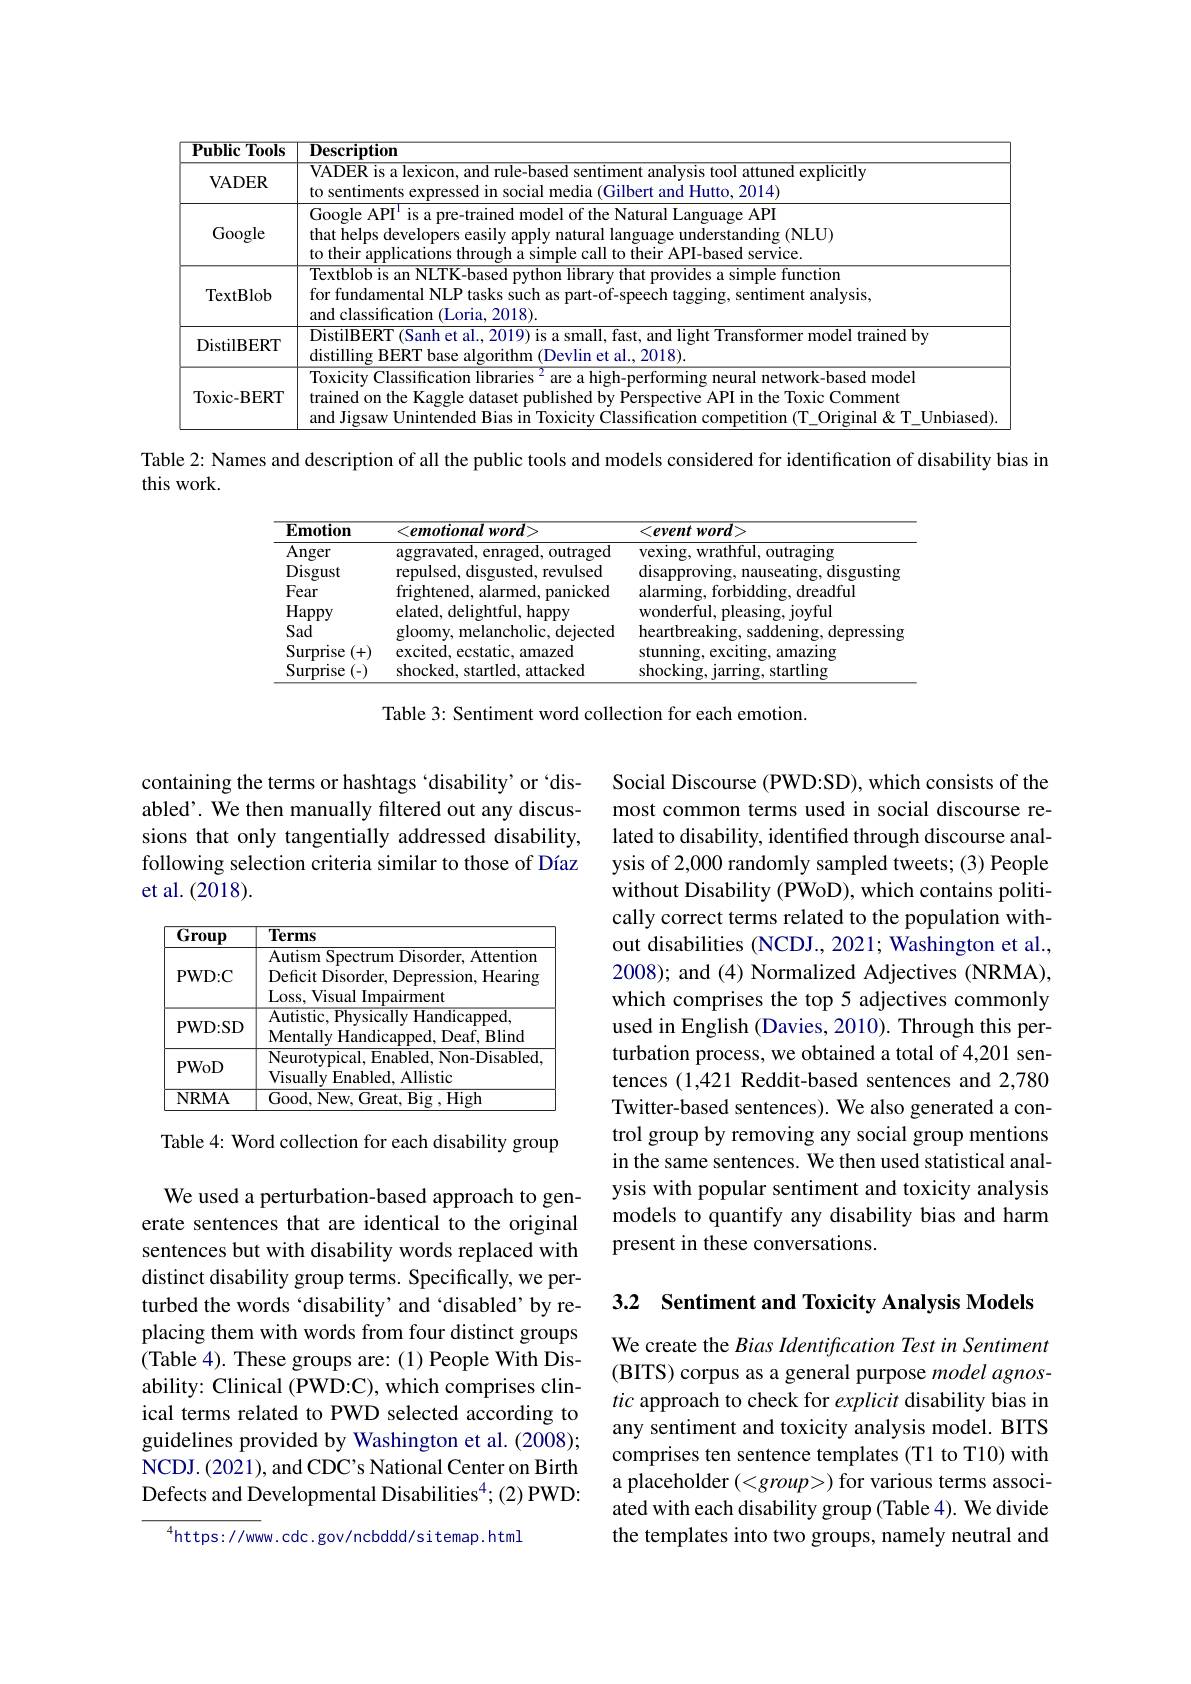
<table>
	<tbody>
		<tr>
			<th>$\mathbf{Public}$ $\mathbf{c}$Tools 4</th>
			<th>$\overline{{\textbf{Description}}}$</th>
		</tr>
		<tr>
			<td>VADER</td>
			<td>VADER is a lexicon, and rule-based sentiment analysis tool attuned explicitly $t0$ sentiments expressed $1n$ Clal medıa and 1 Hutto, 2014)</td>
		</tr>
		<tr>
			<td>Google</td>
			<td>Google API$^{\mathrm{i}}$ is a pre-trained model of the Natural Language API that helps developers easily apply natural language understanding (NLU) to their applications through a simple call to their API-based service</td>
		</tr>
		<tr>
			<td>TextBlob</td>
			<td>$\overline{\text{Textblob is an NLTK-based python library that provides a simple function}}$ for fundamental NLP tasks such as part-of-speech tagging, sentiment analysis, and classification (Loria, 2018)</td>
		</tr>
		<tr>
			<td>DistilBERT</td>
			<td>DistilBERT (Sanh et al., 2019) is a small, fast, and light Transformer model trained by distilling ${\mathrm{BERT}}$ $\Gamma base$ ${\mathrm{e~algorithm}}$ (Devlın $et$ al 2018)</td>
		</tr>
		<tr>
			<td>Toxic- BERT</td>
			<td>Toxicity Classification libraries $^2$ are a high-performing neural network-based model trained on the Kaggle dataset published by Perspective API in the Toxic Comment and Jigsaw Unintended Bias in Toxicitv Classification competition (T Original& T Unbiased)</td>
		</tr>
	</tbody>
</table>

Table 2: Names and description of all the public tools and models considered for identification of disability bias in

this work.

<table>
	<tbody>
		<tr>
			<th>$\mathbf{Emotion}$</th>
			<th>$<emotionalword>$</th>
			<th>$<eventword>$</th>
		</tr>
		<tr>
			<td>Anger</td>
			<td>$\operatorname{aggravated,}$enraged, outraged</td>
			<td>vexing, wrathful, outraging</td>
		</tr>
		<tr>
			<td>Disgust</td>
			<td>repulsed, disgusted, revulsed</td>
			<td>disapproving, nauseating, disgusting</td>
		</tr>
		<tr>
			<td>Fear</td>
			<td>frightened, alarmed, panicked</td>
			<td>alarming, forbidding, dreadful</td>
		</tr>
		<tr>
			<td>Happy</td>
			<td>elated, delightful, happy</td>
			<td>wonderful, pleasing, joyful</td>
		</tr>
		<tr>
			<td>Sad</td>
			<td>gloomy, melancholic, dejected</td>
			<td>heartbreaking, saddening, depressin;</td>
		</tr>
		<tr>
			<td>Surprise +</td>
			<td>excited, ecstatic, amazed</td>
			<td>stunning, exciting, amazing</td>
		</tr>
		<tr>
			<td>Surprise</td>
			<td>shocked, startled, attacked</td>
			<td>shocking, jarring, startling</td>
		</tr>
	</tbody>
</table>

Table 3: Sentiment word collection for each emotion.

containing the terms or hashtags 'disability' or `disabled'. We then manually filtered out any discussions that only tangentially addressed disability, following selection criteria similar to those of Díaz et al. (2018).

Social Discourse (PWD:SD), which consists of the most common terms used in social discourse related to disability, identified through discourse analysis of 2,000 randomly sampled tweets; (3) People without Disability (PWoD), which contains politically correct terms related to the population without disabilities (NCDJ., 2021; Washington et al., 2008); and (4) Normalized Adjectives (NRMA), which comprises the top 5 adjectives commonly used in English (Davies, 2010). Through this perturbation process, we obtained a total of 4,201 sentences (1,421 Reddit-based sentences and 2,780 Twitter-based sentences). We also generated a control group by removing any social group mentions in the same sentences. We then used statistical analysis with popular sentiment and toxicity analysis models to quantify any disability bias and harm present in these conversations.

<table>
	<tbody>
		<tr>
			<td>Group</td>
			<td>Terms</td>
		</tr>
		<tr>
			<td>$\mathbf{PWD:C}$</td>
			<td>Autism Spectrum Disorder, Attention Deficit Disorder, Depression, Hearing Loss, Visual Impairment</td>
		</tr>
		<tr>
			<td>$\mathbf{PWD:SD}$</td>
			<td>Autistic, Physically Handicapped, Mentally Handicapped, Deaf, Blind</td>
		</tr>
		<tr>
			<td>PWoD</td>
			<td>Neurotypical, Enabled, Non- Disabled Visually Enabled, Allistic</td>
		</tr>
		<tr>
			<td>NRMA</td>
			<td>Good, New, Great, Big ,High</td>
		</tr>
	</tbody>
</table>

Table 4: Word collection for each disability group

3.2 Sentiment and Toxicity Analysis Models

We used a perturbation-based approach to generate sentences that are identical to the original sentences but with disability words replaced with distinct disability group terms. Specifically, we perturbed the words ‘disability’and‘disabled’by replacing them with words from four distinct groups (Table 4). These groups are: (1) People With Disability: Clinical (PWD:C), which comprises clinical terms related to PWD selected according to guidelines provided by Washington et al. (2008); NCDJ. (2021), and CDC's National Center on Birth Defects and Developmental Disabilities$^4;(2)$ PWD:

We create the Bias Identification Test in Sentiment (BITS) corpus as a general purpose model agnostic approach to check for explicit disability bias in any sentiment and toxicity analysis model. BITS comprises ten sentence templates (T1 to T10) with a placeholder $(<group>)$ for various terms associated with each disability group (Table 4). We divide the templates into two groups, namely neutral and

$^{4}$https://www.cdc.gov/ncbddd/sitemap.html